Annual report on the working of the lock hospitals in the North-Western Provinces and Oudh
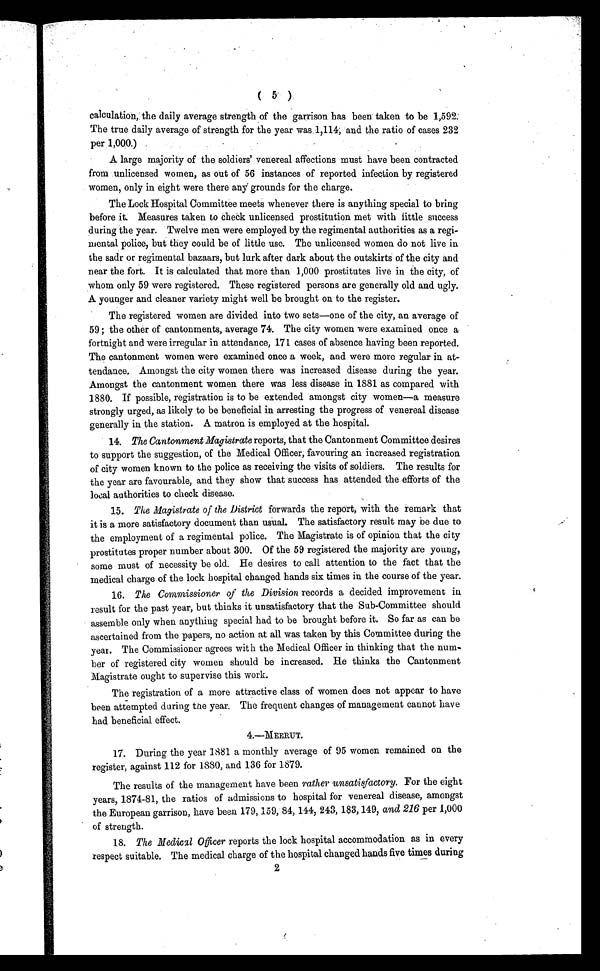
( 5 )
calculation, the daily average strength of the garrison has been taken to be 1,592
The true daily average of strength for the year was 1,114, and the ratio of cases 232
per 1,000.)
A large majority of the soldiers' venereal affections must have been contracted
from unlicensed women, as out of 56 instances of reported infection by registered
women, only in eight were there any grounds for the charge.
The Lock Hospital Committee meets whenever there is anything special to bring
before it. Measures taken to check unlicensed prostitution met with little success
during the year. Twelve men were employed by the regimental authorities as a regi-
mental police, but they could be of little use. The unlicensed women do not live in
the sadr or regimental bazaars, but lurk after dark about the outskirts of the city and
near the fort. It is calculated that more than 1,000 prostitutes live in the city, of
whom only 59 were registered. These registered persons are generally old and ugly.
A younger and cleaner variety might well be brought on to the register.
The registered women are divided into two sets—one of the city, an average of
59 ; the other of cantonments, average 74. The city women were examined once a
fortnight and were irregular in attendance, 171 cases of absence having been reported.
The cantonment women were examined once a week, and were more regular in at-
tendance. Amongst the city women there was increased disease during the year.
Amongst the cantonment women there was less disease in 1881 as compared with
1880. If possible, registration is to be extended amongst city women—a measure
strongly urged, as likely to be beneficial in arresting the progress of venereal disease
generally in the station. A matron is employed at the hospital.
14.The Cantonment Magistrate reports, that the Cantonment Committee desires
to support the suggestion, of the Medical Officer; favouring an increased registration
of city women known to the police as receiving the visits of soldiers. The results for
the year are favourable, and they show that success has attended the efforts of the
local authorities to check disease.
15.The Magistrate of the District forwards the report, with the remark that
it is a more satisfactory document than usual. The satisfactory result may be due to
the employment of a regimental police. The Magistrate is of opinion that the city
prostitutes proper number about 300. Of the 59 registered the majority are young,
some must of necessity be old. He desires to call attention to the fact that the
medical charge of the lock hospital changed hands six times in the course of the year.
16. The Commissioner of the Division records a decided improvement in
result for the past year, but thinks it unsatisfactory that the Sub-Committee should
assemble only when anything special had to be brought before it. So far as can be
ascertained from the papers, no action at all was taken by this Committee during the
year. The Commissioner agrees with the Medical Officer in thinking that the num-
ber of registered city women should be increased. He thinks the Cantonment
Magistrate ought to supervise this work.
The registration of a more attractive class of women does not appear to have
been attempted during the year. The frequent changes of management cannot have
had beneficial effect.
4.—MEERUT.
17. During the year 1881 a monthly average of 95 women remained on the
register, against 112 for 1880, and 136 for 1879.
The results of the management have been rather unsatisfactory. For the eight
years, 1874-81, the ratios of admissions to hospital for venereal disease, amongst
the European garrison, have been 179, 159, 84, 144, 243, 183, 149, and 216 per 1,000
of strength.
18.The Medical Officer reports the lock hospital accommodation as in every
respect suitable. The medical charge of the hospital changed hands five times during
2